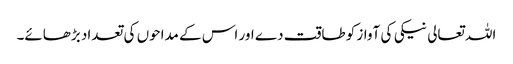
اللہ تعالی نیکی کی آواز کو طاقت دے اور اس کے مداحوں کی تعداد بڑھائے۔